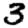
Digit: 3